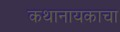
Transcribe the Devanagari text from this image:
कथानायकाचा